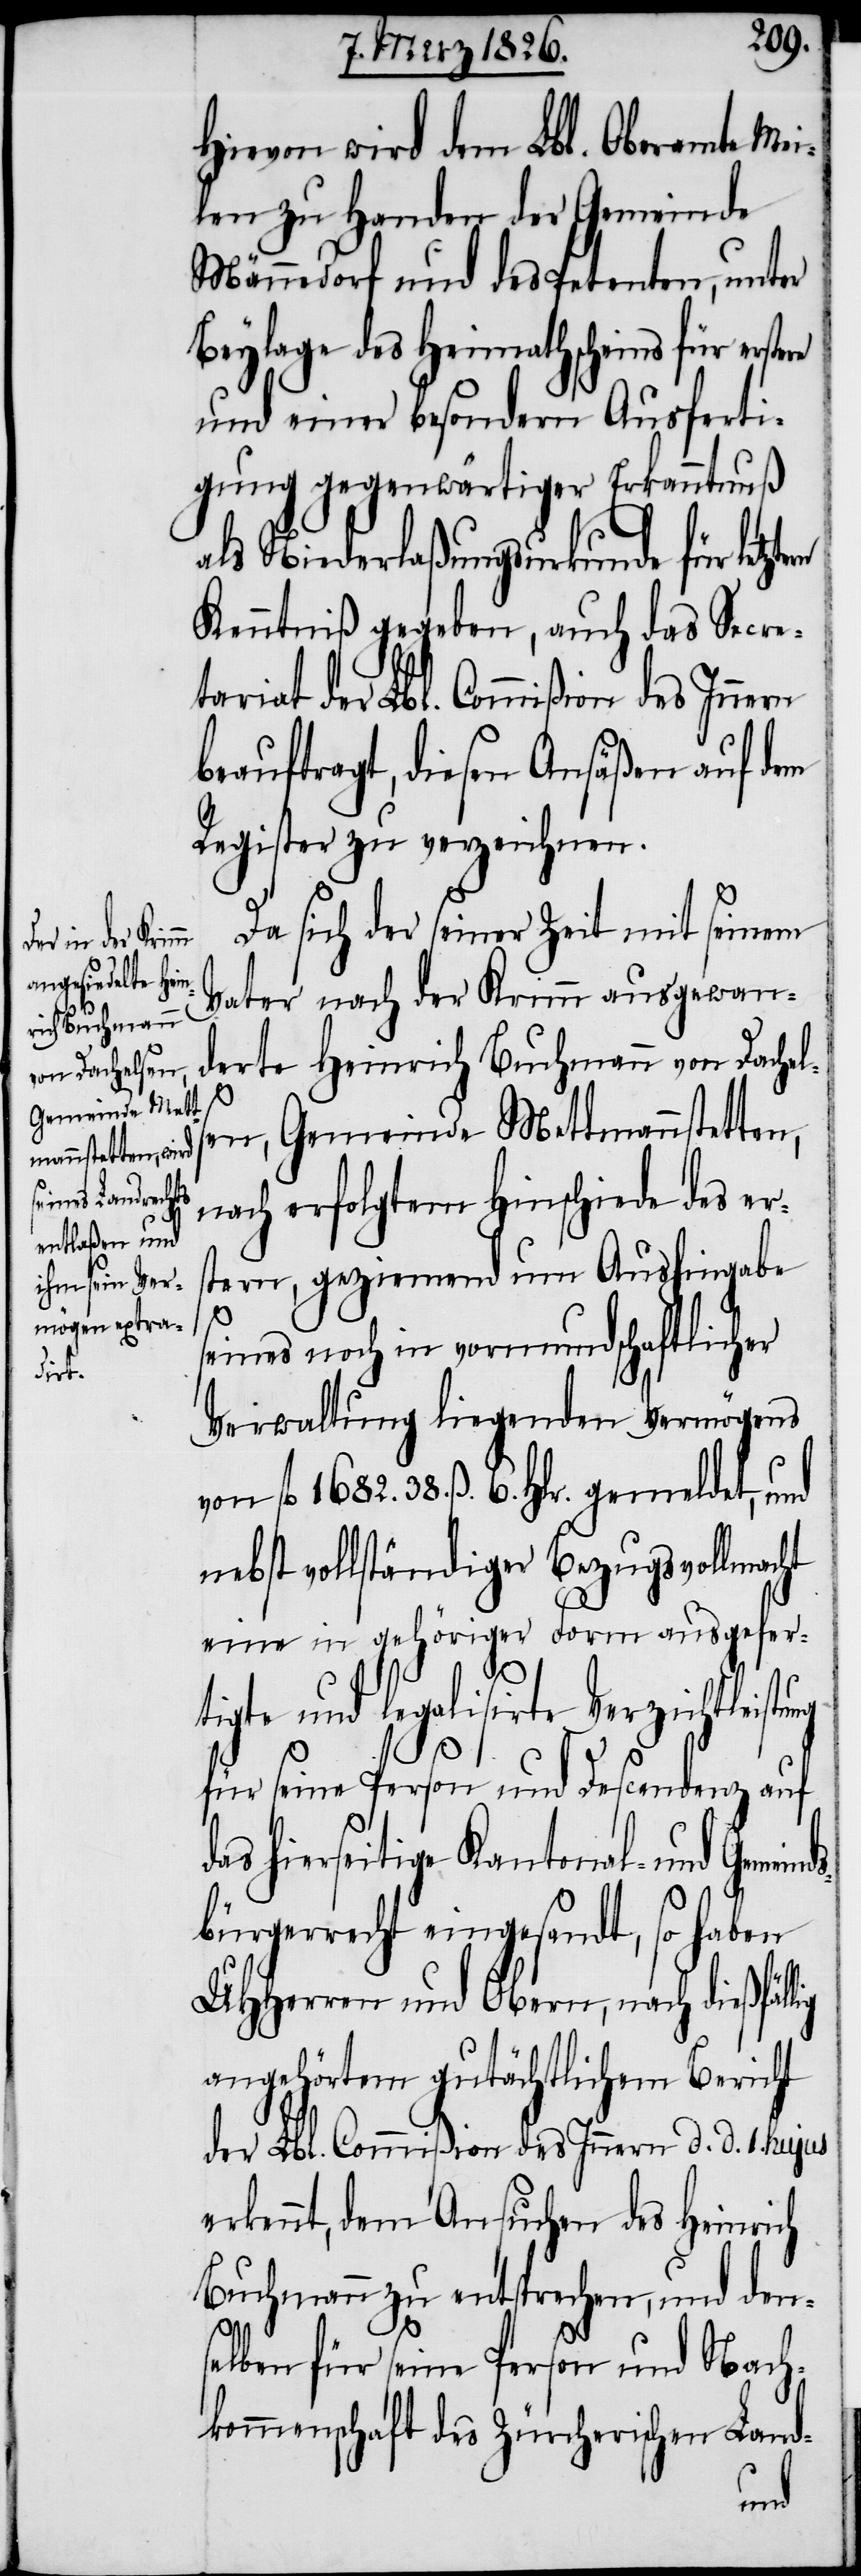
Hievon wird dem Lbl. Oberamte Mei¬
len zu Handen der Gemeinde
Männedorf und des Petenten, unter
Beylage des Heimathscheins für erste¬
und einer besondern Ausferti¬
gung gegenwärtiger Erkanntnuß
als Niederlaßungsurkunde für letzt¬
Kenntniß gegeben, auch das Secre¬
tariat der Lbl. Commißion des Innern
beauftragt, diesen Ansäßen auf dem
Register zu verzeichnen.
Da sich der seiner Zeit mit seinem
Vater nach der Krimm ausgewan¬
derte Heinrich Buchmann von Dachels¬
re
en, Gemeinde Mettmannstetten,
nach erfolgtem Hinschiede des ers¬
tern, geziemend um Aushingabe
ds¬
seines noch in vormundschaftlicher
Verwaltung liegenden Vermögens
von fl. 1682. 38. ß. 6. Hlr. gemeldet, und
nebst vollständiger Bezugsvollmac¬
eine in gehöriger Form ausgefer¬
tigte und legalisirte Verzichtleis¬
für seine Person und Descendenz auf
hierseitige Kantonal- und Gemein¬
bürgerrecht eingesandt, so haben
UHHerren und Obern, nach dießfäl¬
angehörtem gutächtlichem Bericht
der Lbl. Commißion des Innern d. d. 1. hujus
erkennt, dem Ansuchen des Heinrich
Buchmann zu entsprechen, und dens¬
elben für seine Person und Nach¬
kommenschaft des Zürcherischen Land-
lig